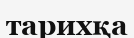
тарихқа